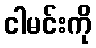
ငါမင်းကို